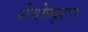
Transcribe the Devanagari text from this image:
रीवोल्यूशन